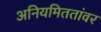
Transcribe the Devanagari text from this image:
अनियमिततांवर